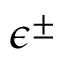
\epsilon ^ { \pm }